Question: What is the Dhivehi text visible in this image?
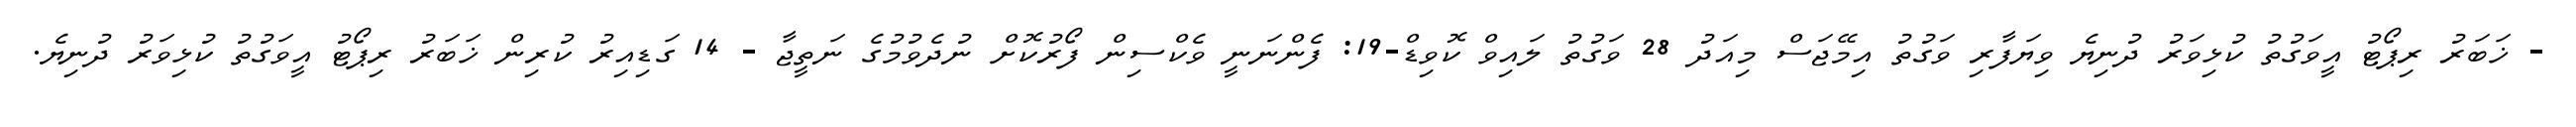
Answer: - ޚަބަރު ރިޕޯޓު އީވަގުތު ކުޅިވަރު ދުނިޔެ ވިޔަފާރި ވަގުތު އިމޭޖަސް މިއަދު 28 ވަގުތު ލައިވް ކޮވިޑް-19: ފެންނަނީ ވެކްސިން ފޯރުކޮށް ނުދެވުމުގެ ނަތީޖާ - 14 ގަޑިއިރު ކުރިން ޚަބަރު ރިޕޯޓު އީވަގުތު ކުޅިވަރު ދުނިޔެ.